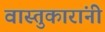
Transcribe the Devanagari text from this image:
वास्तुकारांनी